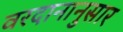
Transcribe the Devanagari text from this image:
वरदानानुसार